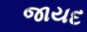
જાયદ